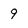
Character: 9